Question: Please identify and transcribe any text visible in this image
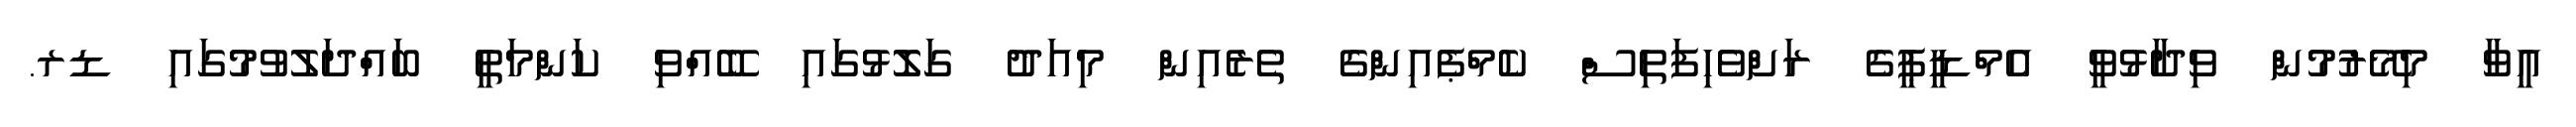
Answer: އީވާ މިމޭރުމުން ވިދާޅުވީ އެމްޑީޕީގެ ރަށްވެހިފަތިސް ކެމްޕެއިންގެ ތެރެއިން މިއަދު ގަލޮޅުގައި ބޭއްވި ކަންމަތީ ބައްދަލުވުމުގައި ޑރ.